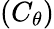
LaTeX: (C_{\theta})